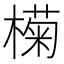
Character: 𣚭